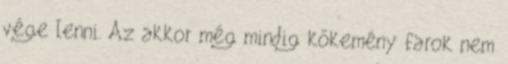
vége lenni. Az akkor még mindig kőkemény farok nem